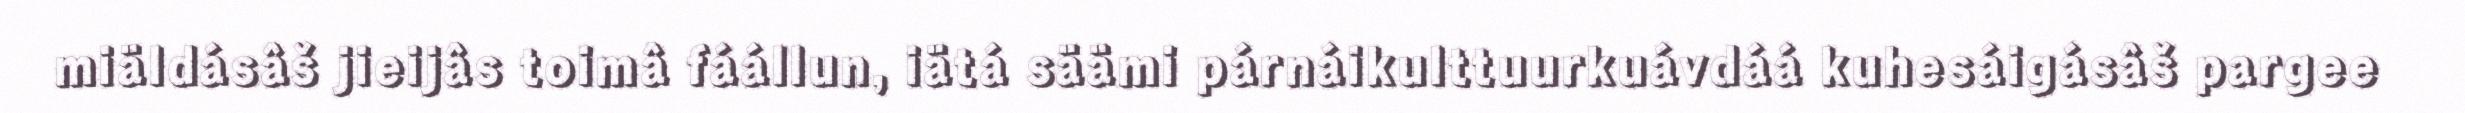
miäldásâš jieijâs toimâ fáállun, iätá säämi párnáikulttuurkuávdáá kuhesáigásâš pargee